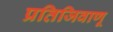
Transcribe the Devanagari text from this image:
प्रतिजिवाणू